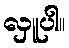
လှူပါ။